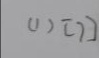
( 1 ) [ 7 ]